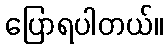
ပြောရပါတယ်။